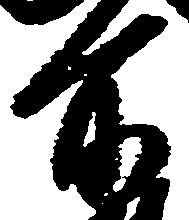
所